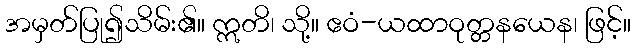
အမှတ်ပြု၍သိမ်း၏။ ဣတိ၊ သို့။ ဧဝံ-ယထာဝုတ္တနယေန၊ ဖြင့်။